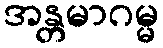
အန္တမာဂမ္မ